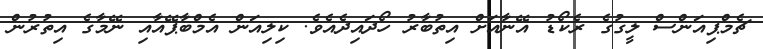
ޗެމްޕިއަންސް ލީގުގެ ރެކޯޑު އޭނާއަށް އިތުބާރު ހޯދައިދެއެވެ. ކިލިއަން އެމްބާޕޭއާއި ނޭމާގެ އިތުރުން